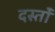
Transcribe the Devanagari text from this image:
दस्तोॅ